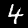
Label: 4